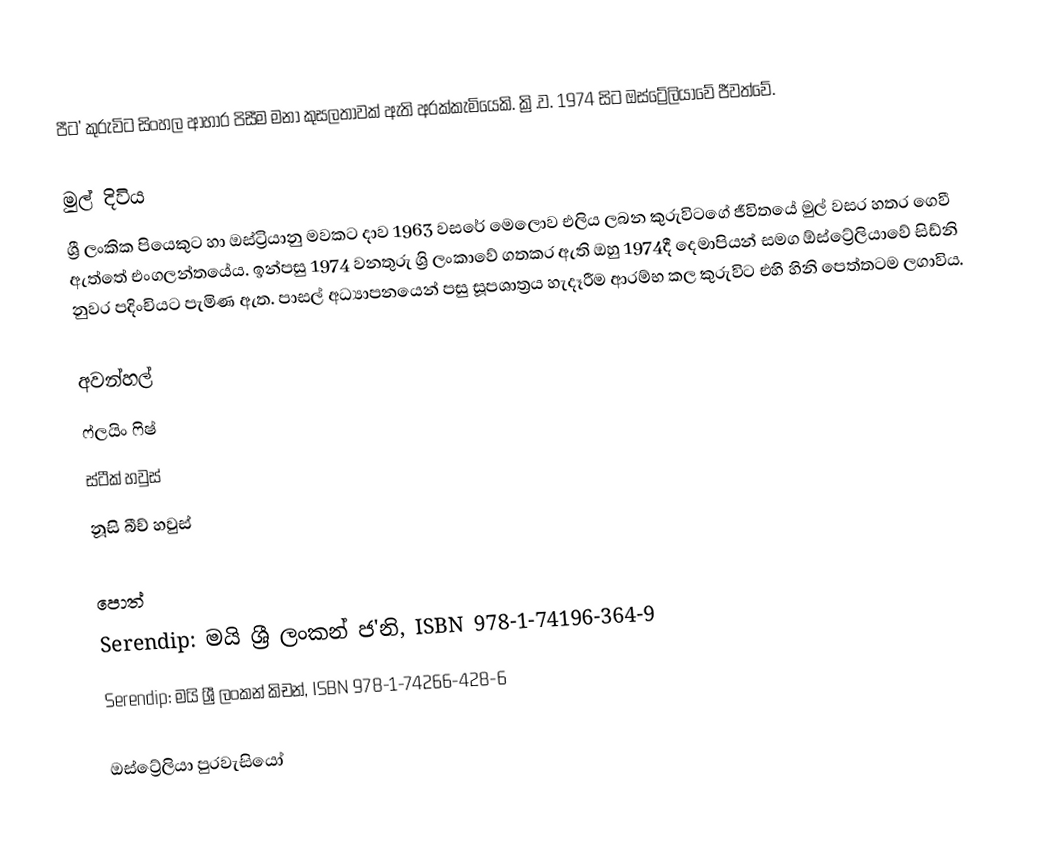
පීට' කුරුවිට සිංහල ආහාර පිසීම මනා කුසලතාවක් ඇති අරක්කැමියෙකි. ක්‍රි.ව. 1974 සිට ඔස්ට්‍රේලියාවේ ජීවත්වේ.

මුල් දිවිය
ශ්‍රී ලංකික පියෙකුට හා ඔස්ට්‍රියානු මවකට දාව 1963 වසරේ මෙලොව එලිය ලබන කුරුවිටගේ ජීවිතයේ මුල් වසර හතර ගෙවී ඇත්තේ එංගලන්තයේය. ඉන්පසු 1974 වනතුරු ශ්‍රි ලංකාවේ ගතකර ඇති ඔහු 1974දී දෙමාපියන් සමග ඕස්ට්‍රේලියාවේ සිඩ්නි නුවර පදිංචියට පැමිණ ඇත. පාසල් අධ්‍යාපනයෙන් පසු සූපශාත්‍රය හැදෑරීම ආරම්භ කල කුරුවිට එහි හිනි පෙත්තටම ලගාවිය.

අවන්හල්
 ෆ්ලයිං ෆිෂ්
 ස්ටීක් හවුස්
 නූසි බීච් හවුස්

පොත්
 Serendip: මයි ශ්‍රී ලංකන් ජ'නි, ISBN 978-1-74196-364-9
 Serendip: මයි ශ්‍රී ලංකන් කිචන්, ISBN 978-1-74266-428-6

ඔස්ට්‍රේලියා පුරවැසියෝ